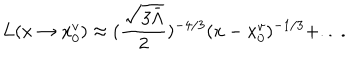
L ( x \rightarrow x _ { 0 } ^ { v } ) \approx ( \frac { \sqrt { 3 \bar { \Lambda } } } { 2 } ) ^ { - 4 / 3 } ( x - x _ { 0 } ^ { v } ) ^ { - 1 / 3 } + . . \ .